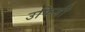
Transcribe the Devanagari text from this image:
उफिजी